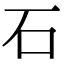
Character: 石